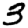
Digit: 3